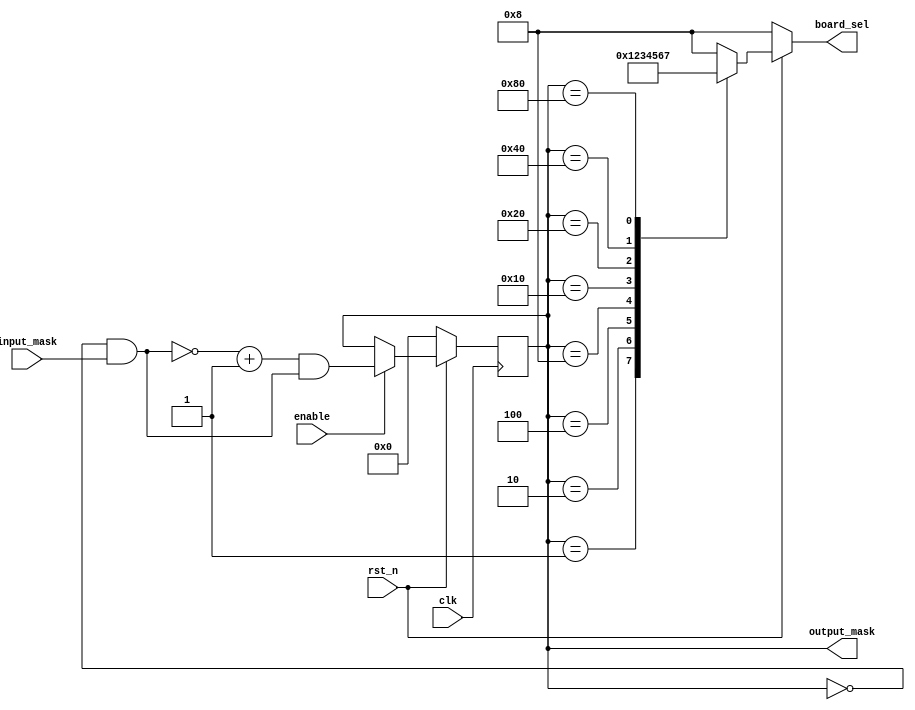
`timescale 1ns / 1ns
// using find the right most 1 bit method to do round-robin

module Arbitor(
	input					clk,
	input 				rst_n,
	input             enable,
	input  [7:0]		input_mask,
	output [7:0]		output_mask,
	output reg [3:0]	board_sel
);

	wire [7:0]		update_priority_list;
	
	reg [7:0] 		arbitor;
	
	assign update_priority_list = (~arbitor) & input_mask;		// Remove the previous selected from the priority list
	
	// Assign output
	assign output_mask = arbitor;				
	
	always@(posedge clk)
		begin
		if(!rst_n) arbitor <= 8'd0;
		else if (enable) arbitor <= (~update_priority_list + 1'b1) & update_priority_list;
		else arbitor <= arbitor;
		end
	
	always@(*)
		begin
		if(!rst_n)
			board_sel <= 8;
		else
			begin
			case(arbitor)
				8'b00000000: board_sel <= 8;		// means invalid
				8'b00000001: board_sel <= 0;
				8'b00000010: board_sel <= 1;
				8'b00000100: board_sel <= 2;
				8'b00001000: board_sel <= 3;
				8'b00010000: board_sel <= 4;
				8'b00100000: board_sel <= 5;
				8'b01000000: board_sel <= 6;
				8'b10000000: board_sel <= 7;
				default: board_sel <= 8;		// means invalid
			endcase
			end
		end

endmodule